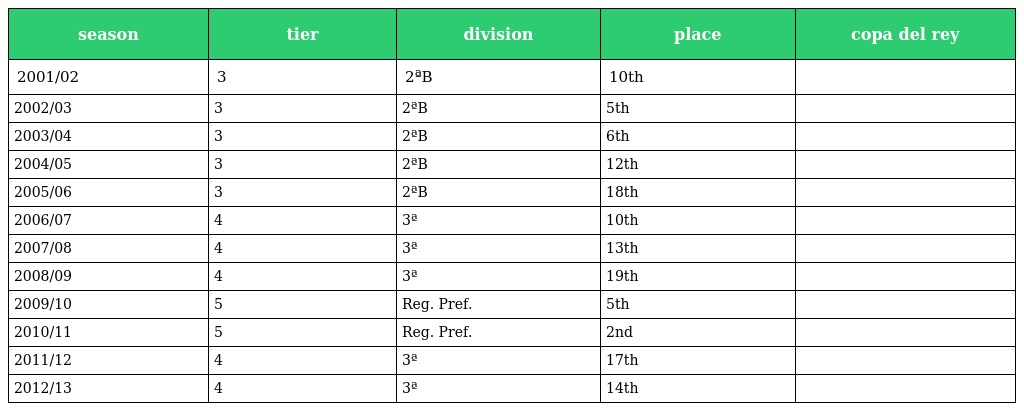
| season | tier | division | place | copa del rey |
 | --- | --- | --- | --- | --- |
 | 2001/02 | 3 | 2ªB | 10th |  |
 | 2002/03 | 3 | 2ªB | 5th |  |
 | 2003/04 | 3 | 2ªB | 6th |  |
 | 2004/05 | 3 | 2ªB | 12th |  |
 | 2005/06 | 3 | 2ªB | 18th |  |
 | 2006/07 | 4 | 3ª | 10th |  |
 | 2007/08 | 4 | 3ª | 13th |  |
 | 2008/09 | 4 | 3ª | 19th |  |
 | 2009/10 | 5 | Reg. Pref. | 5th |  |
 | 2010/11 | 5 | Reg. Pref. | 2nd |  |
 | 2011/12 | 4 | 3ª | 17th |  |
 | 2012/13 | 4 | 3ª | 14th |  |